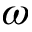
\omega